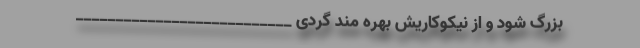
بزرگ شود و از نیکوکاریش بهره مند گردی ___________________________